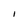
Character: I